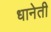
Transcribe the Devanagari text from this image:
धानेती